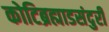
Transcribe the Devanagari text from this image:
कोटिब्रह्माडसंदुरी